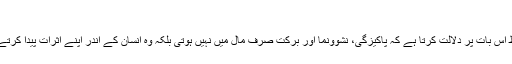
۴؂
یہ لفظ اس بات پر دلالت کرتا ہے کہ پاکیزگی، نشوونما اور برکت صرف مال میں نہیں ہوتی بلکہ وہ انسان کے اندر اپنے اثرات پیدا کرتے ہیں۔